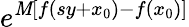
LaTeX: e^{\mathit{M}[f(sy+x_{0})-f(x_{0})]}